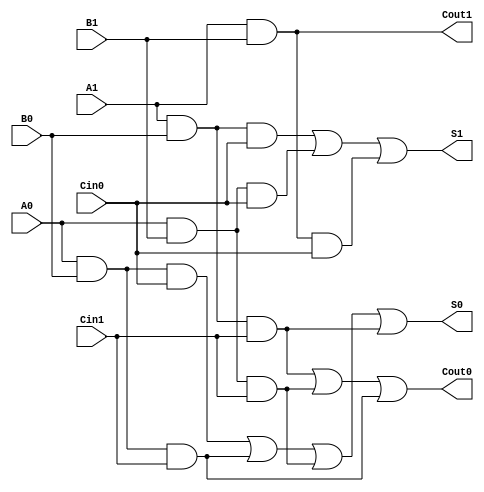
module dual_rail_full_adder (
    input wire A1, A0,      // Dual-rail representation of input A
    input wire B1, B0,      // Dual-rail representation of input B
    input wire Cin1, Cin0,  // Dual-rail representation of carry input Cin
    output wire S1, S0,     // Dual-rail representation of sum output S
    output wire Cout1, Cout0 // Dual-rail representation of carry output Cout
);

    // Intermediate signals for the full adder logic
    wire A, B, Cin;
    wire sum, carry;

    // Decode dual-rail inputs to single-bit values
    assign A = A1 ? 1'b1 : (A0 ? 1'b0 : 1'bx); // A = 1 if A1 is high, A = 0 if A0 is high
    assign B = B1 ? 1'b1 : (B0 ? 1'b0 : 1'bx); // B = 1 if B1 is high, B = 0 if B0 is high
    assign Cin = Cin1 ? 1'b1 : (Cin0 ? 1'b0 : 1'bx); // Cin = 1 if Cin1 is high, Cin = 0 if Cin0 is high

    // Full adder logic for sum and carry
    assign sum = A ^ B ^ Cin; // S = A XOR B XOR Cin
    assign carry = (A & B) | (Cin & (A ^ B)); // Cout = (A AND B) OR (Cin AND (A XOR B))

    // Dual-rail encoding for the sum output
    assign S1 = (A1 & B0 & Cin0) | (A0 & B1 & Cin0) | (A1 & B1 & Cin0); // S1 conditions based on inputs
    assign S0 = (A0 & B0 & Cin0) | (A0 & B0 & Cin1) | (A0 & B1 & Cin1) | (A1 & B0 & Cin1); // S0 conditions

    // Dual-rail encoding for the carry output
    assign Cout1 = (A1 & B1); // Cout1 condition
    assign Cout0 = (A1 & B0 & Cin1) | (A0 & B1 & Cin1) | (A0 & B0 & Cin1); // Cout0 conditions

endmodule